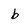
Character: b